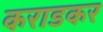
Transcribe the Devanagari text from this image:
कराडकर